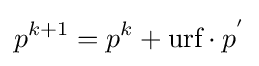
p^{k+1}=p^{k}+{\text{urf}}\cdot p^{'}